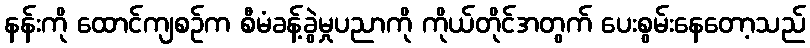
နန်းကို ထောင်ကျစဉ်က စီမံခန့်ခွဲမှုပညာကို ကိုယ်တိုင်အတွက် ပေးစွမ်းနေတော့သည်